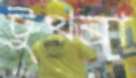
টুথব্রা